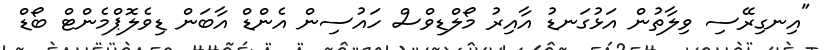
"އިނގިރޭސި ވިލާތުން އަޅުގަނޑު އާއިރު މޯލްޑިވްސް ހައުސިން އެންޑް އާބަން ޑިވެލޮޕްމެންޓް ބޯޑް